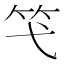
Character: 𥫝